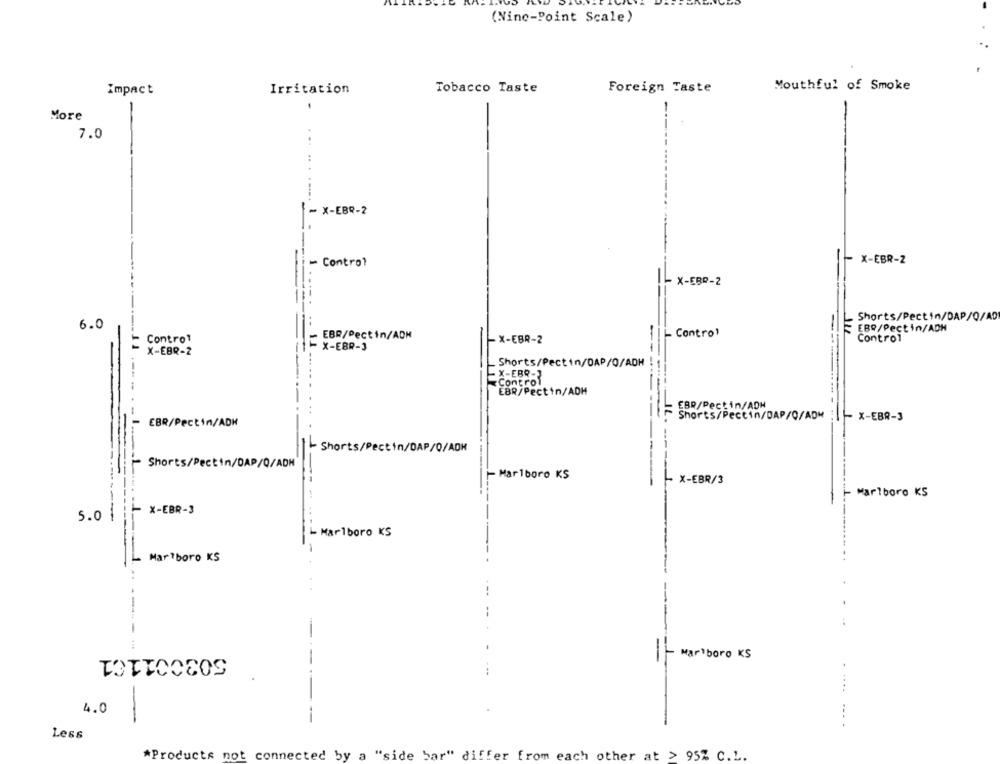
(Nine-Point Scale)
Impact
Irritation
Tobacco Taste
Foreign Taste
Mouthful of Smoke
More
7.0
...
- X-EBR-2
- X-EBR-2
- Control
X-ERP-2
Shorts/Pectin/DAP/Q/AD
6.0
EBR/Pectin/ADH
EBR/Pectin/ADM
_ Control
- Control
X-EBR-2
Control
X-EBR-2
X-EBR-3
Shorts/Pectin/DAP/O/ADH
X-EBR-7
Control
EBR/Pectin/ADH
EBR/Pectin/ADH
Shorts/Pectin/DAP/Q/ADM : - X-EBR-3
EBR/Pectin/ADH
- Shorts/Pectin/DAP/0/ADM
- Shorts/Pectin/DAP/Q/ADH
-----
- Marlboro KS
X-EBR/3
Marlboro KS
- X-EBR-3
5.0
- Marlboro KS
L Marlboro KS
--
5030011€1
1- Marlboro KS
4.0
-
Less
*Products not connected by a "side bar" differ from each other at > 95% C.L.